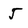
Character: J